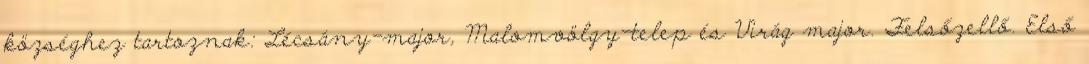
községhez tartoznak: Lécsány-major, Malomvölgy-telep és Virág major. Felsőzellő. Első